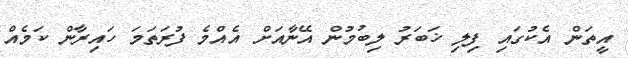
އީތަން އެކުގައި ފިލި ޚަބަރު ލިބުމުން އޭނާއަށް އެއްމެ ފުރަތަމަ ހައިރާން ކަމެއް